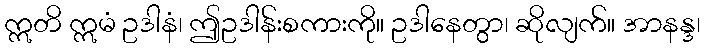
ဣတိ ဣမံ ဥဒါနံ၊ ဤဥဒါန်းစကားကို။ ဥဒါနေတွာ၊ ဆိုလျက်။ အာနန္ဒ၊